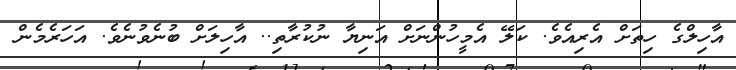
އާހިލްގެ ހިތަށް އެރިއެވެ. ކަލޭ އެމީހުންނަށް އަނިޔާ ނުކުރާތި.. އާހިލަށް ބުނެވުނެވެ. އަހަރެމެން